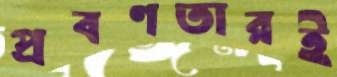
প্রবণতারই